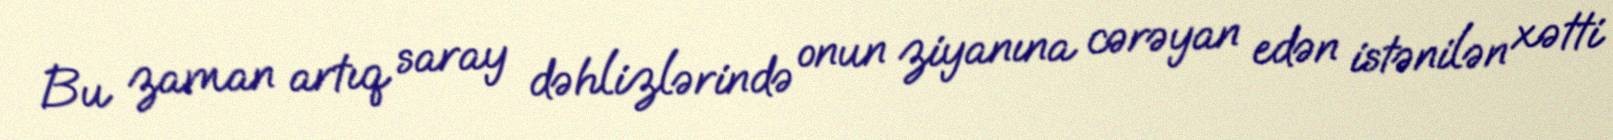
Bu zaman artıq saray dəhlizlərində onun ziyanına cərəyan edən istənilən xətti